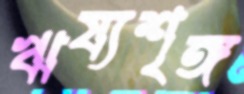
ঋষ্যশৃঙ্গ